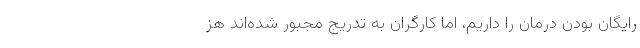
رایگان بودن درمان را داریم، اما کارگران به تدریج مجبور شده‌اند هز